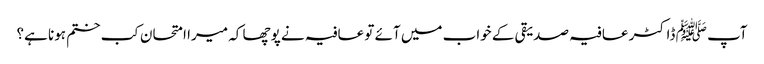
آپ ﷺ ڈاکٹر عافیہ صدیقی کے خواب میں آئے تو عافیہ نے پوچھا کہ میرا امتحان کب ختم ہونا ہے؟